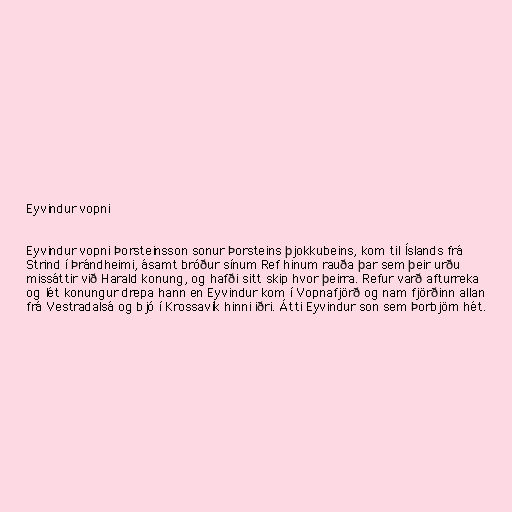
Eyvindur vopni

Eyvindur vopni Þorsteinsson sonur Þorsteins þjokkubeins, kom til Íslands frá
Strind í Þrándheimi, ásamt bróður sínum Ref hinum rauða þar sem þeir urðu
missáttir við Harald konung, og hafði sitt skip hvor þeirra. Refur varð afturreka
og lét konungur drepa hann en Eyvindur kom í Vopnafjörð og nam fjörðinn allan
frá Vestradalsá og bjó í Krossavík hinni iðri. Átti Eyvindur son sem Þorbjörn hét.